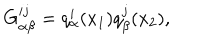
G _ { \alpha \beta } ^ { i j } = q _ { \alpha } ^ { i } ( x _ { 1 } ) q _ { \beta } ^ { j } ( x _ { 2 } ) ,